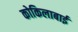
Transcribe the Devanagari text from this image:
कोकिलाबाई